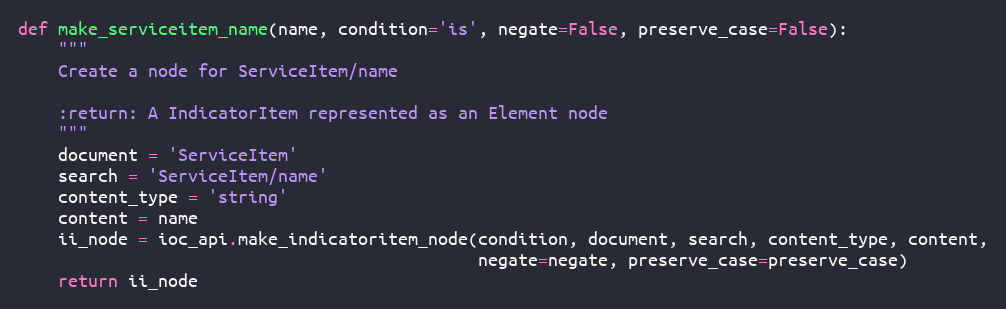
Language: Python
def make_serviceitem_name(name, condition='is', negate=False, preserve_case=False):
    """
    Create a node for ServiceItem/name

    :return: A IndicatorItem represented as an Element node
    """
    document = 'ServiceItem'
    search = 'ServiceItem/name'
    content_type = 'string'
    content = name
    ii_node = ioc_api.make_indicatoritem_node(condition, document, search, content_type, content,
                                              negate=negate, preserve_case=preserve_case)
    return ii_node